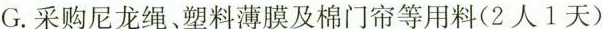
G.采购尼龙绳、塑料薄膜及棉门帘等用料(2人1天)